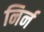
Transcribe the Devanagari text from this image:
निर्न